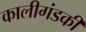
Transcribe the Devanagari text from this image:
कालीगंडकी